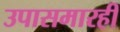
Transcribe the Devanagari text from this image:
उपासमारही